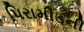
પિરામીડની